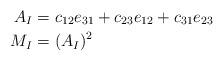
LaTeX: \begin{align*}A_I & = c_{12}e_{31} + c_{23} e_{12} + c_{31} e_{23}\\M_I & = (A_I)^2\end{align*}